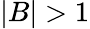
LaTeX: |B|>1